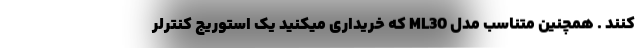
کنند . همچنین متناسب مدل ML30 که خریداری میکنید یک استوریج کنترلر